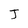
Character: J